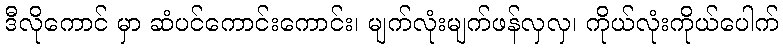
ဒီလိုကောင် မှာ ဆံပင်ကောင်းကောင်း၊ မျက်လုံးမျက်ဖန်လှလှ၊ ကိုယ်လုံးကိုယ်ပေါက်